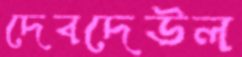
দেবদেউল